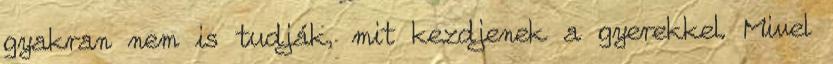
gyakran nem is tudják, mit kezdjenek a gyerekkel. Mivel